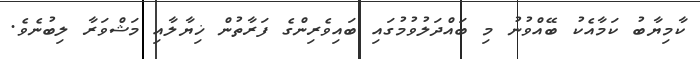
ކާމިޔާބު ކަމާއެކު ބޭއްވުނު މި ބައްދަލުވުމުގައި ބައިވެރިންގެ ފަރާތުން ޚިޔާލާއި މަޝްވަރާ ލިބުނެވެ.